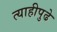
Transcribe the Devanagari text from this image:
त्याहीपुढे